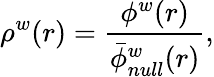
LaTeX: \rho^{w}(r)=\frac{\phi^{w}(r)}{\bar{\phi}_{null}^{w}(r)},